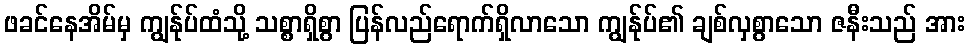
ဖခင်နေအိမ်မှ ကျွန်ုပ်ထံသို့ သစ္စာရှိစွာ ပြန်လည်ရောက်ရှိလာသော ကျွန်ုပ်၏ ချစ်လှစွာသော ဇနီးသည် အား